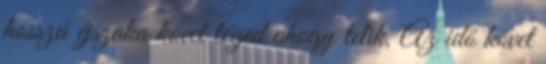
hosszú éjszaka követ téged ahogy telik, Az idő követ